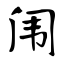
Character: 闱